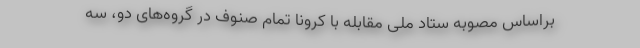
براساس مصوبه ستاد ملی مقابله با کرونا تمام صنوف در گروه‌های دو، سه